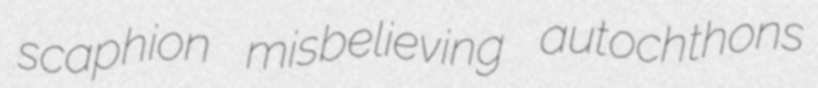
scaphion misbelieving autochthons